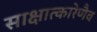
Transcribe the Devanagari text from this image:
साक्षात्कारेणैव